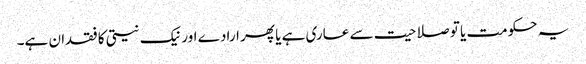
یہ حکومت یا تو صلاحیت سے عاری ہے یا پھر ارادے اور نیک نیتی کا فقدان ہے۔